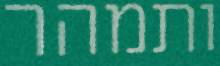
ותמהר